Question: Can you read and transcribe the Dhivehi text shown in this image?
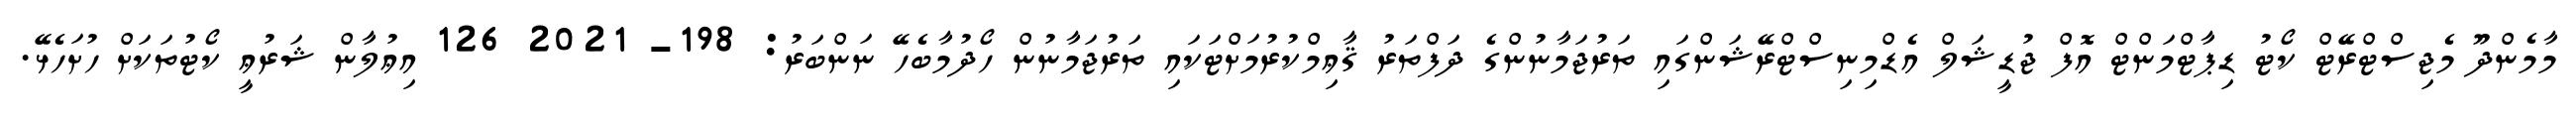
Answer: މާމެންދޫ މެޖިސްޓްރޭޓް ކޯޓު ޑިޕާޓްމަންޓް އޮފް ޖުޑީޝަލް އެޑްމިނިސްޓްރޭޝަންގައި ތަރުޖަމާނުންގެ ދަފްތަރު ޤާޢިމްކުރުމަށްޓަކައި ތަރުޖަމާނުން ހޯދުމާބެހޭ ނަންބަރު: 198- 2021 126 އިޢުލާން ޝަރުޢީ ކޯޓުތަކަށް ހުށަހެޅޭ.